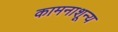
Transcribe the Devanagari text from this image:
कामनाशून्य